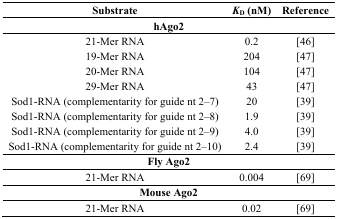
<table><thead><tr><td><b>Substrate</b></td><td><b><i>K</i><sub>D</sub> (nM)</b></td><td><b>Reference</b></td></tr></thead><tbody><tr><td colspan="3"><b>hAgo2</b></td></tr><tr><td>21-Mer RNA</td><td>0.2</td><td>[46]</td></tr><tr><td>19-Mer RNA</td><td>204</td><td>[47]</td></tr><tr><td>20-Mer RNA</td><td>104</td><td>[47]</td></tr><tr><td>29-Mer RNA</td><td>43</td><td>[47]</td></tr><tr><td>Sod1-RNA (complementarity for guide nt 2–7)</td><td>20</td><td>[39]</td></tr><tr><td>Sod1-RNA (complementarity for guide nt 2–8)</td><td>1.9</td><td>[39]</td></tr><tr><td>Sod1-RNA (complementarity for guide nt 2–9)</td><td>4.0</td><td>[39]</td></tr><tr><td>Sod1-RNA (complementarity for guide nt 2–10)</td><td>2.4</td><td>[39]</td></tr><tr><td colspan="3"><b>Fly Ago2</b></td></tr><tr><td>21-Mer RNA</td><td>0.004</td><td>[69]</td></tr><tr><td colspan="3"><b>Mouse Ago2</b></td></tr><tr><td>21-Mer RNA</td><td>0.02</td><td>[69]</td></tr></tbody></table>